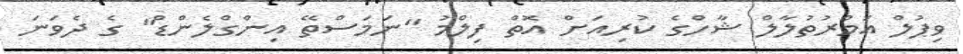
ވިޕުލް އަމްރުތުލާލް ޝާހްގެ ކުރިއަށް އޮތް ފިލްމު "ނަމަސްތޭ އިންގްލެންޑް" ގެ ދެވަނަ